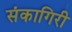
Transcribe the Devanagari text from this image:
संकागिरी